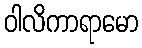
ဝါလိကာရာမော